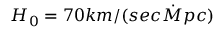
H _ { 0 } = 7 0 k m / ( s e c \dot { M } p c )